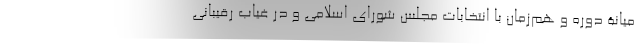
میانۀ دوره و هم‌زمان با انتخابات مجلس شورای اسلامی و در غیاب رقیبانی